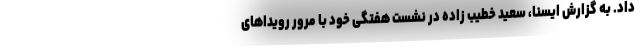
داد. به گزارش ایسنا، سعید خطیب زاده در نشست هفتگی خود با مرور رویداهای